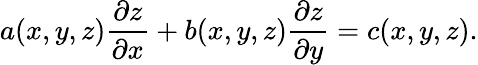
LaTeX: a(x,y,z){\frac{\partial z}{\partial x}}+b(x,y,z){\frac{\partial z}{\partial y}}=c(x,y,z).